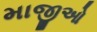
માજીઓ